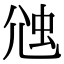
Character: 𧉇